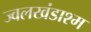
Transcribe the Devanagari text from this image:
ज्वलखंडाश्म